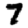
Digit: 7